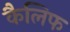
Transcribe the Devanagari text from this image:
कैलिफ